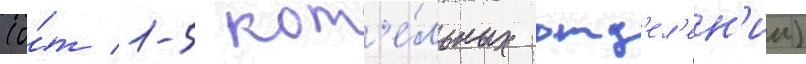
(о́т 1-5 кот'е́льных отд'ел'ен'ии)